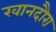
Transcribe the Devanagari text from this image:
खानदौरा